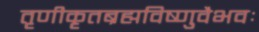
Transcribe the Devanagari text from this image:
तृणीकृतब्रह्मविष्णुवैभवः